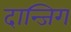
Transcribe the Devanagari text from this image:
दान्जिग